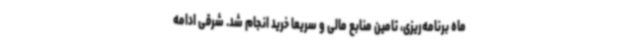
ماه برنامه‌ریزی، تامین منابع مالی و سریعا خرید انجام شد. شرقی ادامه